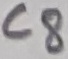
Text: C8